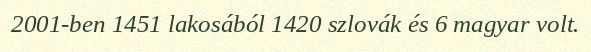
2001-ben 1451 lakosából 1420 szlovák és 6 magyar volt.